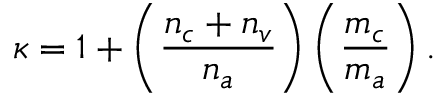
\kappa = 1 + \left( \frac { n _ { c } + n _ { v } } { n _ { a } } \right) \left( \frac { m _ { c } } { m _ { a } } \right) .